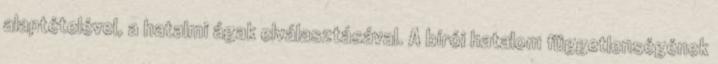
alaptételével, a hatalmi ágak elválasztásával. A bírói hatalom függetlenségének